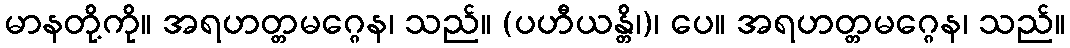
မာနတို့ကို။ အရဟတ္တမဂ္ဂေန၊ သည်။ (ပဟီယန္တိ၊)၊ ပေ။ အရဟတ္တမဂ္ဂေန၊ သည်။